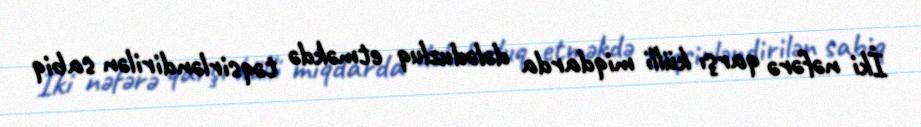
İki nəfərə qarşı külli miqdarda dələduzluq etməkdə təqsirləndirilən sabiq